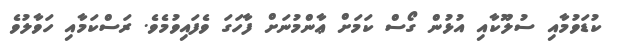
ކުޑަވުމާއި ސުލޫކާއި އުޅުން ގޯސް ކަމަށް ޢާންމުނަށް ފާހަގަ ވެފައިވުމެވެ. ރަސްކަމާއި ހަވާލުވެ